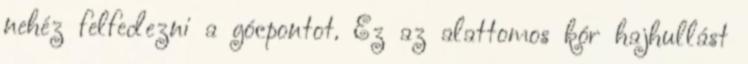
nehéz felfedezni a gócpontot. Ez az alattomos kór hajhullást